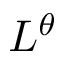
L ^ { \theta }